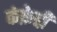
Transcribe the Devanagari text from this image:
कंफ़ेद्दी